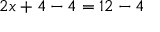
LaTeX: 2 x + 4 - 4 = 1 2 - 4